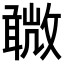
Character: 𣀋